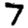
Digit: 7